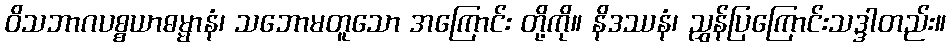
ဝိသဘာဂပစ္စယာဓမ္မာနံ၊ သဘောမတူသော အကြောင်း တို့ကို။ နိဒဿနံ၊ ညွှန်ပြကြောင်းသဒ္ဒါတည်း။